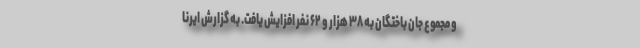
و مجموع جان باختگان به ۳۸ هزار و ۶۲ نفر افزایش یافت. به گزارش ایرنا